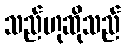
သည်ဟုဆိုသည်